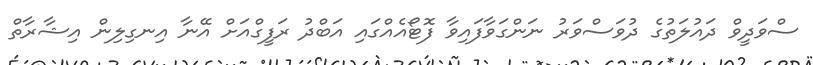
ސްވަދީވް ދައުލަތުގެ ދުވަސްވަރު ނަންގަވާފައިވާ ފޮޓޯއެއްގައި އަބްދު ރަފީގްއަށް އޭނާ އިިނގިލިން އިޝާރާާތް